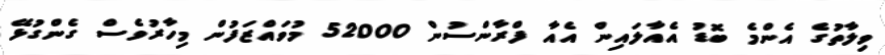
ވިލާތުގެ އެންމެ ބޮޑު އެއާލައިން އެއާ ފްރާންސުން 52000 މުވައްޒަފުން މިހާރުވެސް ގެންގުޅޭ